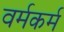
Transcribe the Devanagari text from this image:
वर्मकर्म